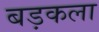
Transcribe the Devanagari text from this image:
बड़कला